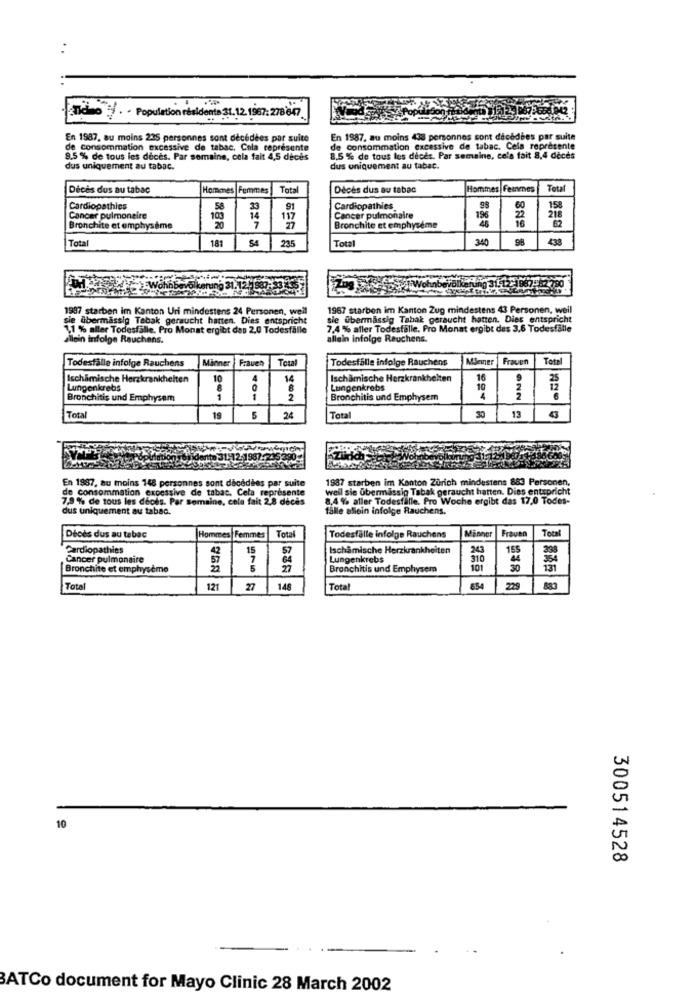
Ticino . . Population résidents 31.
Hate 31.12. 1967: 278847
En 1987, au moins 235 personnes sont décédées par suite
En 1987, au moins 438 personnes sont décédées par suite
de consommation excessive de tabac. Cola represente
de consommation excessive de tabac. Cela représente
8.5 % de tous les décès. Par semaine, cela fait 4,5 décès
8,5 % de tous les décès. Par semaine, cela fait 8,4 deces
dus uniquement au tabac.
dus uniquement au tabac.
Décès dus au tabac
Hommes Femmes
Total
Décès dus au tabac
Hommes Femmes
Total
Cardiopathies
58
23
91
Cardiopathies
158
Cancer pulmonaire
100
14
117
Cancer pulmonaire
196
218
62
Bronchite et emphysème
7
27
Bronchite et emphysème
Total
181
235
Total
340
98
438
Wohnb
Bevölkerung
1987-52 780
1997 starben im Kanton Uri mindestens 24 Personen, weil
1967 starben im Kanton Zug mindestens 43 Personen, weil
sie Abermassip Tabak geraucht hatten. Dies entspricht
sie übermässig Tabak geraucht hatten. Dies entspricht
1,1 % aller Todesfälle. Pro Monat ergibt das 2.0 Todesfälle
7,4 % aller Todesfälle. Pro Monat ergibt des 3,6 Todesfälle
allein infolge Rauchens.
allein infolge Rauchens.
Todesfälle infolge Rauchens
Männer
F:auch
Total
Todesfalle infolge Rauchens
Minner
Frauen
Total
Ischimische Herzkrankheiten
14
Ischamische Herzkrankheiten
16
9
25
Lungenkrebs
8
Lungenkrebs
10
Bronchitis und Emphysem
1
1
2
Bronchitis und Emphysem
ØNN
ANO
Total
19
5
24
Total
13
<3
ItD 31-12-1987
En 1987, au moins 148 personnes sont décédées par suite
1987 starben im Kenton Zürich mindestens 883 Personen,
de consommation excessive de tabac. Cela représente
weil sie Ubermässig Tabak geraucht hatten. Dies entspricht
7,9% de tous les décès. Par Semaine, cole fait 28 décès
8,4 % aller Todesfälle. Pro Woche ergibt das 17,0 Todes-
dus uniquement au tabac.
falle allein infolge Rauchens.
Minner
Total
Décès dus au tabac
Hommes |Femmes
Femmes
Total
Todesfälle infolge Rauchens
Frauen
Cardiopathies
42
15
57
Ischamische Herzkrankheiten
24
155
Cancer pulmonaire
7
64
Lungenkrebs
310
Bronchite et emphysème
5
27
Bronchitis und Emphysem
30
31
885
Total
121
27
148
Total
654
225
10
300514528
BATCo document for Mayo Clinic 28 March 2002